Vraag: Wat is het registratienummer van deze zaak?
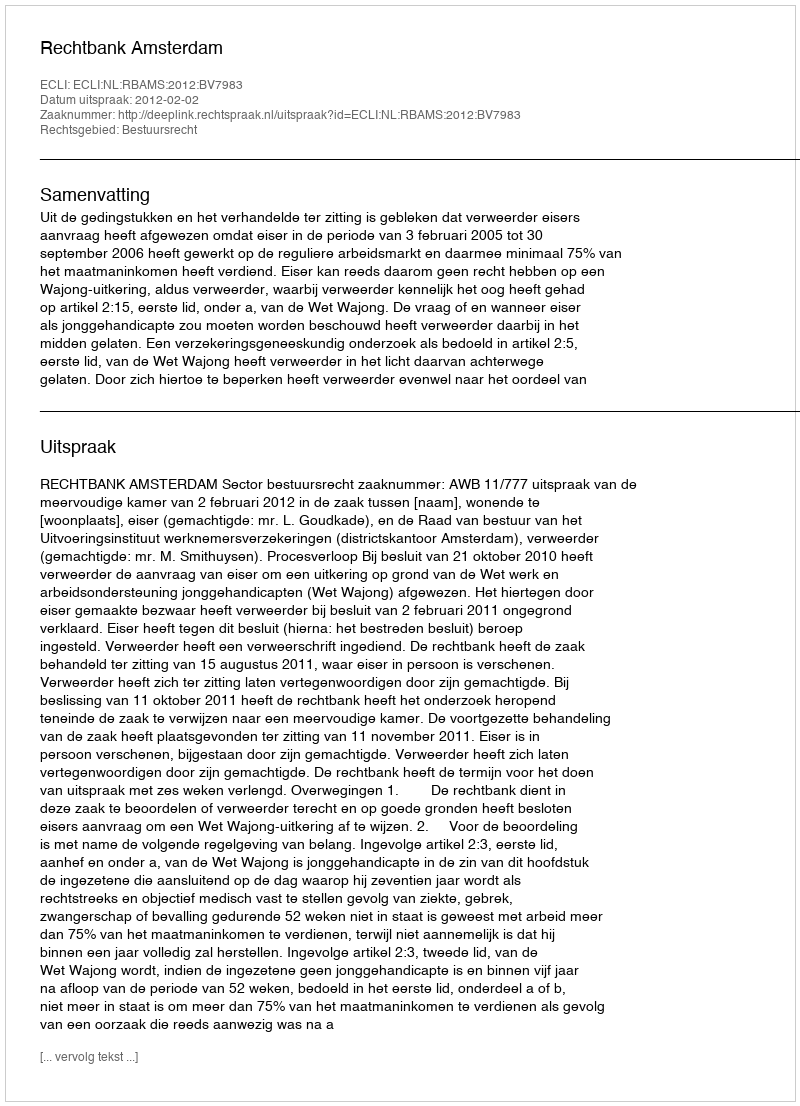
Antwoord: http://deeplink.rechtspraak.nl/uitspraak?id=ECLI:NL:RBAMS:2012:BV7983